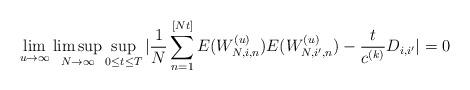
LaTeX: \begin{align*}\lim_{u\to\infty}\limsup_{N\to\infty}\sup_{0\leq t\leq T}|\frac1N\sum_{n=1}^{[Nt]}E(W_{N,i,n}^{(u)})E(W_{N,i',n}^{(u)})-\frac t{c^{(k)}} D_{i,i'}|=0\end{align*}